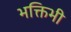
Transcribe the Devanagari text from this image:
भक्तिभी